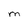
Character: M